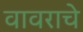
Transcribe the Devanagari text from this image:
वावराचे